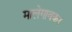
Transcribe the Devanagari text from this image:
मालेगावकर